Indian journal of veterinary science and animal husbandry - Volume 13,
Year: 1943
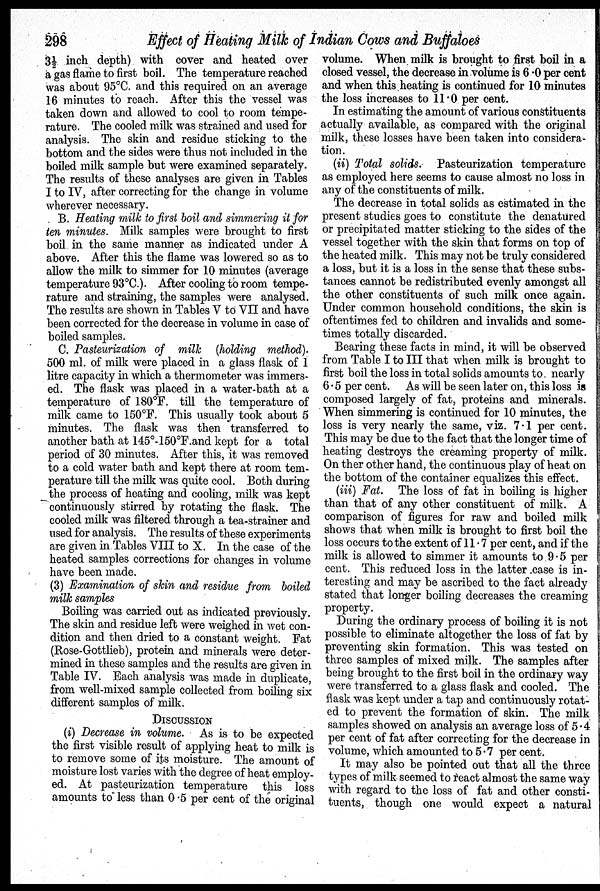
298
Effect of Heating Milk of Indian Cows and Buffaloes
3½ inch depth) with cover and heated over
a gas flame to first boil. The temperature reached
was about 95°C. and this required on an average
16 minutes to reach. After this the vessel was
taken down and allowed to cool to room tempe-
rature. The cooled milk was strained and used for
analysis. The skin and residue sticking to the
bottom and the sides were thus not included in the
boiled milk sample but were examined separately.
The results of these analyses are given in Tables
I to IV, after correcting for the change in volume
wherever necessary.
B. Heating milk to first boil and simmering it for
ten minutes. Milk samples were brought to first
boil in the same manner as indicated under A
above. After this the flame was lowered so as to
allow the milk to simmer for 10 minutes (average
temperature 93°C.). After cooling to room tempe-
rature and straining, the samples were analysed.
The results are shown in Tables V to VII and have
been corrected for the decrease in volume in case of
boiled samples.
C. Pasteurization of milk (holding method).
500 ml. of milk were placed in a glass flask of 1
litre capacity in which a thermometer was immers-
ed. The flask was placed in a water-bath at a
temperature of 180°F. till the temperature of
milk came to 150°F. This usually took about 5
minutes. The flask was then transferred to
another bath at 145°.150°F.and kept for a total
period of 30 minutes. After this, it was removed
to a cold water bath and kept there at room tem-
perature till the milk was quite cool. Both during
the process of heating and cooling, milk was kept
continuously stirred by rotating the flask. The
cooled milk was filtered through a tea-strainer and
used for analysis. The results of these experiments
are given in Tables VIII to X. In the case of the
heated samples corrections for changes in volume
have been made.
(3) Examination of skin and residue from boiled
milk samples
Boiling was carried out as indicated previously.
The skin and residue left were weighed in wet con-
dition and then dried to a constant weight. Fat
(Rose-Gottlieb), protein and minerals were deter-
mined in these samples and the results are given in
Table IV. Each analysis was made in duplicate,
from well-mixed sample collected from boiling six
different samples of milk.
DISCUSSION
(i) Decrease in volume. As is to be expected
the first visible result of applying heat to milk is
to remove some of its moisture. The amount of
moisture lost varies with the degree of heat employ-
ed. At pasteurization temperature this loss
amounts to less than 0.5 per cent of the original
volume. When milk is brought to first boil in a
closed vessel, the decrease in volume is 6.0 per cent
and when this heating is continued for 10 minutes
the loss increases to 11.0 per cent.
In estimating the amount of various constituents
actually available, as compared with the original
milk, these losses have been taken into considera-
tion.
(ii) Total solids. Pasteurization temperature
as employed here seems to cause almost no loss in
any of the constituents of milk.
The decrease in total solids as estimated in the
present studies goes to constitute the denatured
or precipitated matter sticking to the sides of the
vessel together with the skin that forms on top of
the heated milk. This may not be truly considered
a loss, but it is a loss in the sense that these subs-
tances cannot be redistributed evenly amongst all
the other constituents of such milk once again.
Under common household conditions, the skin is
oftentimes fed to children and invalids and some-
times totally discarded.
Bearing these facts in mind, it will be observed
from Table I to III that when milk is brought to
first boil the loss in total solids amounts to nearly
6.5 per cent. As will be seen later on, this loss is
composed largely of fat, proteins and minerals.
When simmering is continued for 10 minutes, the
loss is very nearly the same, viz. 7.1 per cent.
This may be due to the fact that the longer time of
heating destroys the creaming property of milk.
On ther other hand, the continuous play of heat on
the bottom of the container equalizes this effect.
(iii) Fat. The loss of fat in boiling is higher
than that of any other constituent of milk. A
comparison of figures for raw and boiled milk
shows that when milk is brought to first boil the
loss occurs to the extent of 11.7 per cent, and if the
milk is allowed to simmer it amounts to 9.5 per
cent. This reduced loss in the latter case is in-
teresting and may be ascribed to the fact already
stated that longer boiling decreases the creaming
property.
During the ordinary process of boiling it is not
possible to eliminate altogether the loss of fat by
preventing skin formation. This was tested on
three samples of mixed milk. The samples after
being brought to the first boil in the ordinary way
were transferred to a glass flask and cooled. The
flask was kept under a tap and continuously rotat-
ed to prevent the formation of skin. The milk
samples showed on analysis an average loss of 5.4
per cent of fat after correcting for the decrease in
volume, which amounted to 5.7 per cent.
It may also be pointed out that all the three
types of milk seemed to react almost the same way
with regard to the loss of fat and other consti-
tuents, though one would expect a natural